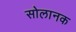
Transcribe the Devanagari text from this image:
सोलानक